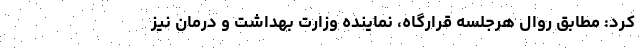
کرد: مطابق روال هرجلسه قرارگاه، نماینده وزارت بهداشت و درمان نیز